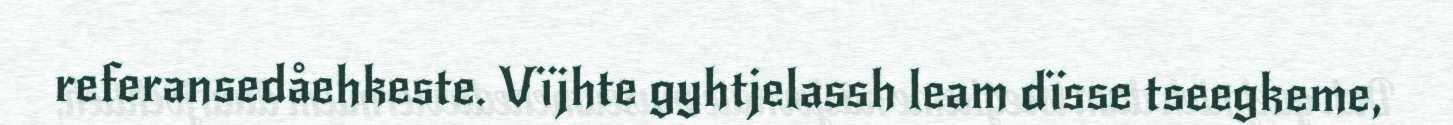
referansedåehkeste. Vïjhte gyhtjelassh leam dïsse tseegkeme,